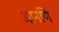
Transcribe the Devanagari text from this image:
आनणि